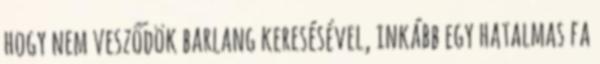
hogy nem vesződök barlang keresésével, inkább egy hatalmas fa